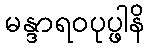
မန္ဒာရဝပုပ္ဖါနိ